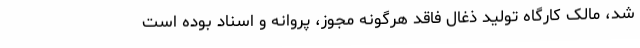
شد، مالک کارگاه تولید ذغال فاقد هرگونه مجوز، پروانه و اسناد بوده است